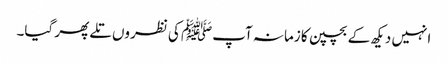
انہیں دیکھ کے بچپن کا زمانہ آپﷺ کی نظروں تلے پھر گیا۔